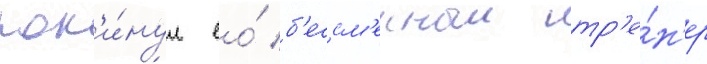
пок'и́нул ео́ б'ессм'енныи тр'е́н'ер